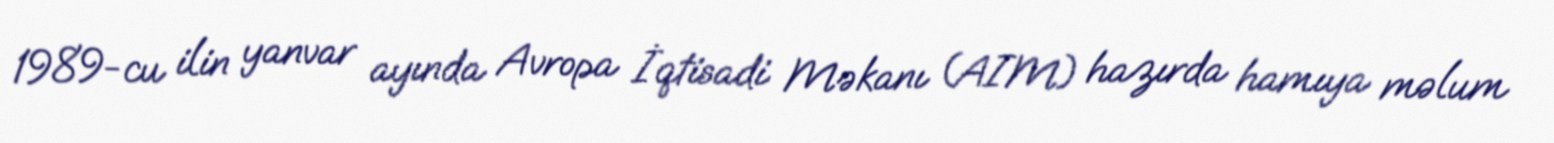
1989-cu ilin yanvar ayında Avropa İqtisadi Məkanı (AIM) hazırda hamıya məlum